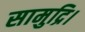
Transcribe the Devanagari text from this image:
सामुद्रि।